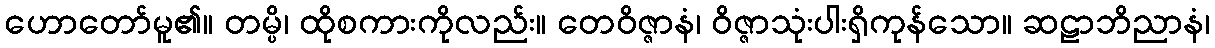
ဟောတော်မူ၏။ တမ္ပိ၊ ထိုစကားကိုလည်း။ တေဝိဇ္ဇာနံ၊ ဝိဇ္ဇာသုံးပါးရှိကုန်သော။ ဆဠာဘိညာနံ၊